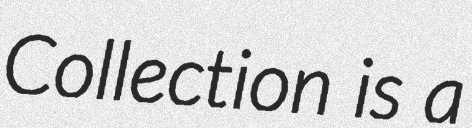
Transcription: Collection is a